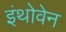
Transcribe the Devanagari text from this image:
इंथोवेन